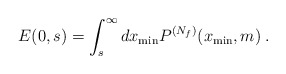
\begin{align*} E(0,s)=\int_s^\infty dx_{\rm min} P^{(N_f)}(x_{\rm min},m)\:.\end{align*}